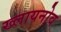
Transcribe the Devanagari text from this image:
ख्लायनोव